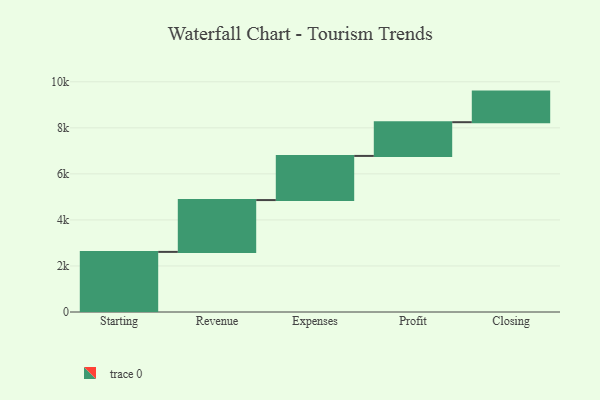
{"axis": {"x": "Step", "y": "Value"}, "legend": [""], "data": [{"x": "Starting", "y": 2611.0, "type": ""}, {"x": "Revenue", "y": 2251.0, "type": ""}, {"x": "Expenses", "y": 1918.0, "type": ""}, {"x": "Profit", "y": 1465.0, "type": ""}, {"x": "Closing", "y": 1329.0, "type": ""}]}